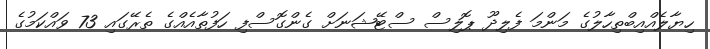
ހިޔާލެއްއިބްތިިހާލުގެ މަންމަ ފެލިދޫ ޕޮލިސް ސްޓޭޝަނަށް ގެންގޮސްފި ހަފުތާއެއްގެ ތެރޭގައި 73 ވައްކަމުގެ